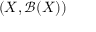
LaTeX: ( X , { \mathcal { B } } ( X ) )